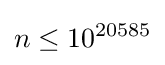
n\leq 10^{20585}